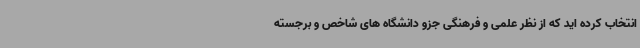
انتخاب کرده اید که از نظر علمی و فرهنگی جزو دانشگاه های شاخص و برجسته